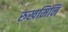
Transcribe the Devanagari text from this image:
रुखमिनि